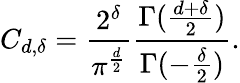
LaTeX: C_{d,\delta}={\frac{2^{\delta}}{\pi^{\frac{d}{2}}}}{\frac{\Gamma({\frac{d+\delta}{2}})}{\Gamma(-{\frac{\delta}{2}})}}.